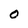
Character: 0